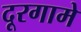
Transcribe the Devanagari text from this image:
दूरगामे